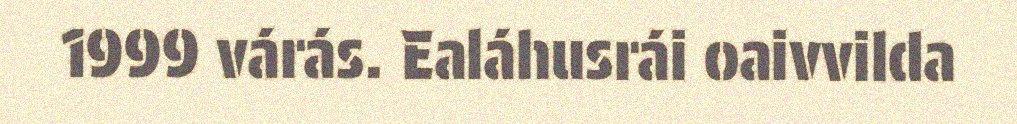
1999 várás. Ealáhusrái oaivvilda